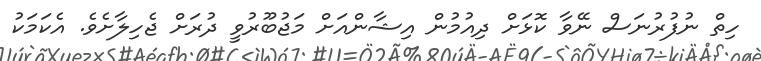
ހިތް ނުފުރުނަސް ނޭވާ ކޮޅަށް ދިއުމުން އިޝާންއަށް މަޖުބޫރުވީ ދުރަށް ޖެހިލާށެވެ. އެކަމަކު